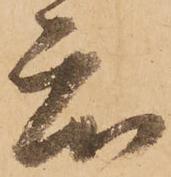
度